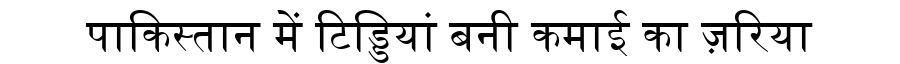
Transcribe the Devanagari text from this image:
पाकिस्तान में टिड्डियां बनी कमाई का ज़रिया